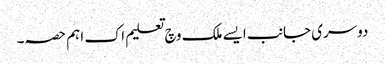
دوسری جانب ایس‏ے ملک وچ تعلیم اک اہ‏م حصہ۔